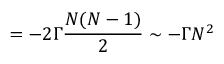
\frac { \d N } { \d t } = - 2 \Gamma \frac { N ( N - 1 ) } { 2 } \sim - \Gamma N ^ { 2 }